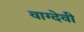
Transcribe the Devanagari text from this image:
वाग्‍देवी